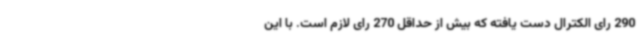
290 رای الکترال دست یافته که بیش از حداقل 270 رای لازم است. با این